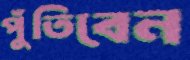
পুঁতিবেন